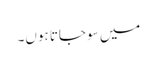
میں سو جاتا ہوں۔